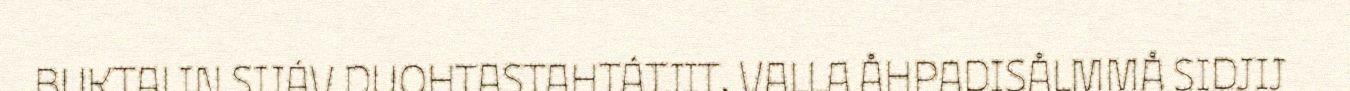
BUKTALIN SIJÁV DUOHTASTAHTÁTJIT. VALLA ÅHPADISÅLMMÅ SIDJIJ